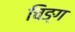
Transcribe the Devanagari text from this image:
चिङ्ग